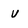
Character: v